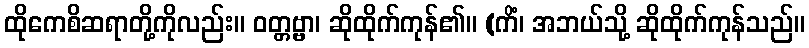
ထိုကေစိဆရာတို့ကိုလည်း။ ဝတ္တဗ္ဗာ၊ ဆိုထိုက်ကုန်၏။ (ကိံ၊ အဘယ်သို့ ဆိုထိုက်ကုန်သည်။